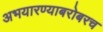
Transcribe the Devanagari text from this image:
अभयारण्याबरोबरच